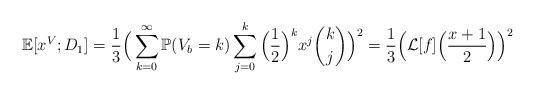
LaTeX: \begin{align*}\mathbb{E}[x^{V};D_1]=\frac{1}{3}\Big{(}\sum_{k=0}^{\infty}\mathbb{P}(V_b=k)\sum_{j=0}^k\Big{(}\frac{1}{2}\Big{)}^kx^j\binom{k}{j}\Big{)}^2=\frac{1}{3}\Big{(}\mathcal{L}[f]\Big{(}\frac{x+1}{2}\Big{)}\Big{)}^2\end{align*}